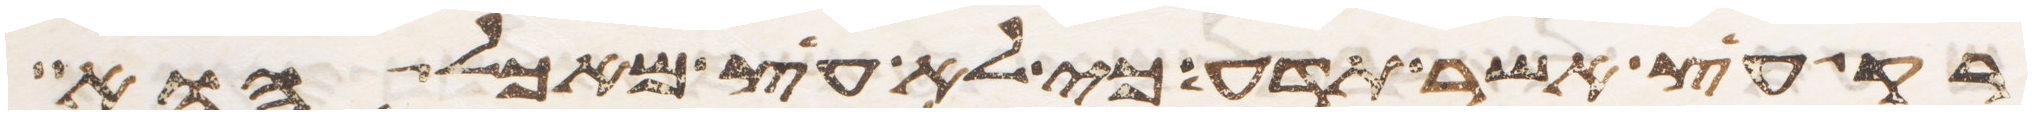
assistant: רק עץ אשר תדע כי לא עץ מאכל הוא